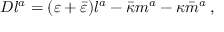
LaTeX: D l ^ { a } = ( \varepsilon + { \bar { \varepsilon } } ) l ^ { a } - { \bar { \kappa } } m ^ { a } - \kappa { \bar { m } } ^ { a } \, ,